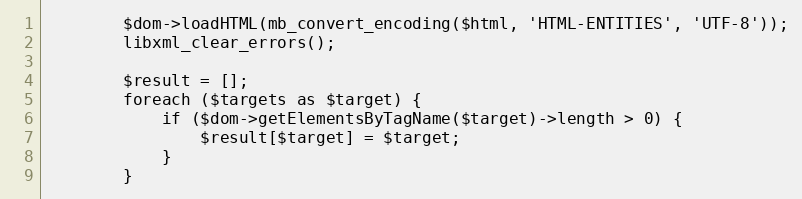
Language: PHP
		$dom->loadHTML(mb_convert_encoding($html, 'HTML-ENTITIES', 'UTF-8'));
		libxml_clear_errors();

		$result = [];
		foreach ($targets as $target) {
			if ($dom->getElementsByTagName($target)->length > 0) {
				$result[$target] = $target;
			}
		}